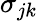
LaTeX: \sigma_{jk}